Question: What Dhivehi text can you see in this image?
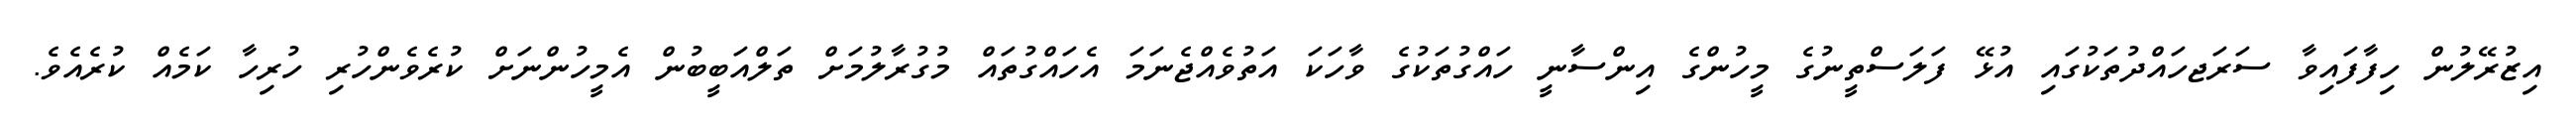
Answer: އިޒުރޭލުން ހިފާފައިވާ ސަރަޖހައްދުތަކުގައި އުޅޭ ފަލަސްތީނުގެ މީހުންގެ އިންސާނީ ހައްގުތަކުގެ ވާހަކަ އަތުވެއްޖެނަމަ އެހައްގުތައް މުގުރާލުމަށް ތަލްއަބީބުން އެމީހުންނަށް ކުރެވެންހުރި ހުރިހާ ކަމެއް ކުރެއެވެ.